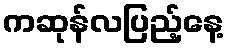
ကဆုန်လပြည့်နေ့